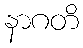
နာဂတိ